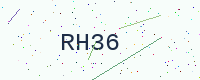
Text: RH36